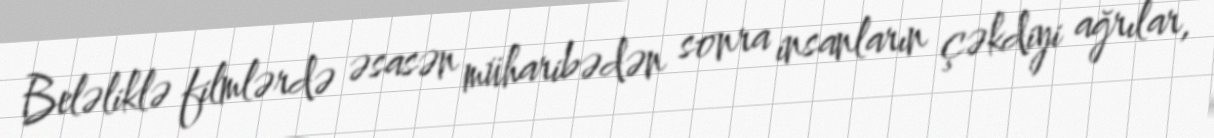
Beləliklə filmlərdə əsasən müharibədən sonra insanların çəkdiyi ağrılar,